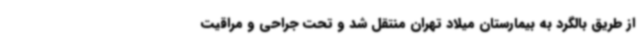
از طریق بالگرد به بیمارستان میلاد تهران منتقل شد و تحت جراحی و مراقیت